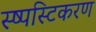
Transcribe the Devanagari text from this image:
स्ष्पस्टिकरण